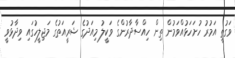
ވަގުތީ އަމުރު ހުށަހަޅުއްވަމުން ތިން ހިއްސާދާރުންގެ ވަކީލު މިއަދުގެ ޝަރީއަތުގެ މަޖިލީހުގައި ވިދާޅުވީ